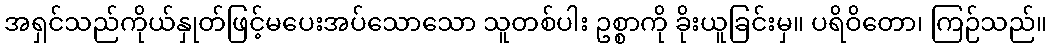
အရှင်သည်ကိုယ်နှုတ်ဖြင့်မပေးအပ်သောသော သူတစ်ပါး ဥစ္စာကို ခိုးယူခြင်းမှ။ ပရိဝိတော၊ ကြဉ်သည်။